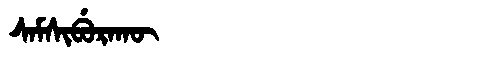
Manchu: ᠰᠠᠮᠰᡳᠪᡠᡵᠠᡴᡡ
Romanization: SAMSIBURAKŪ